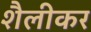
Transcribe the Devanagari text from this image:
शैलीकर